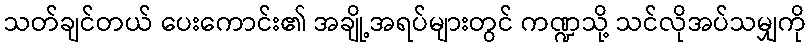
သတ်ချင်တယ် ပေးကောင်း၏ အချို့အရပ်များတွင် ကဏ္ဍသို့ သင်လိုအပ်သမျှကို